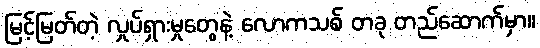
မြင့်မြတ်တဲ့ လှုပ်ရှားမှုတွေနဲ့ လောကသစ် တခု တည်ဆောက်မှာ။